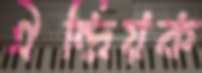
ঐন্দ্রিয়ক